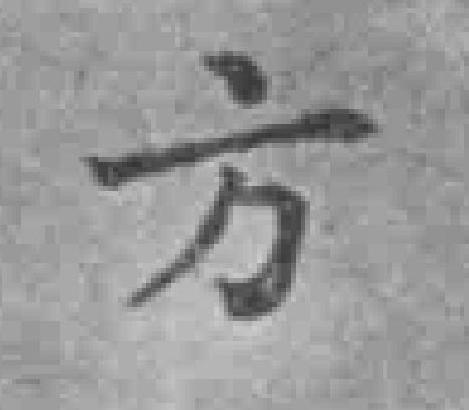
方